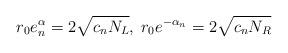
LaTeX: \begin{align*}r_0 e^\alpha_n = 2 \sqrt{c_n N_L}, \;r_0 e^{-\alpha_n} = 2 \sqrt{c_n N_R}\end{align*}